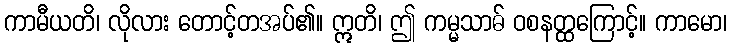
ကာမီယတိ၊ လိုလား တောင့်တအပ်၏။ ဣတိ၊ ဤ ကမ္မသာဓ် ဝစနတ္ထကြောင့်။ ကာမော၊